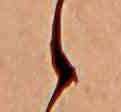
ゝ